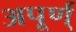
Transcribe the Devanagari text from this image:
अपूर्ण्